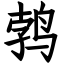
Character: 鹁